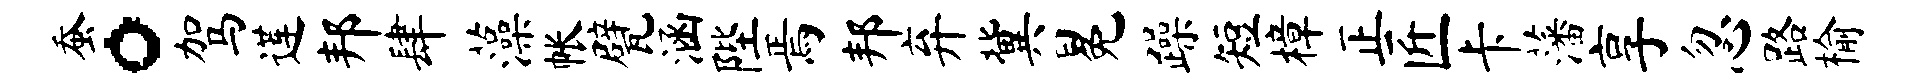
蚕。驾莲邦肆藻帐甓涵陛焉邦弃冀冕躁短樟正匠卡藩享忽路榆